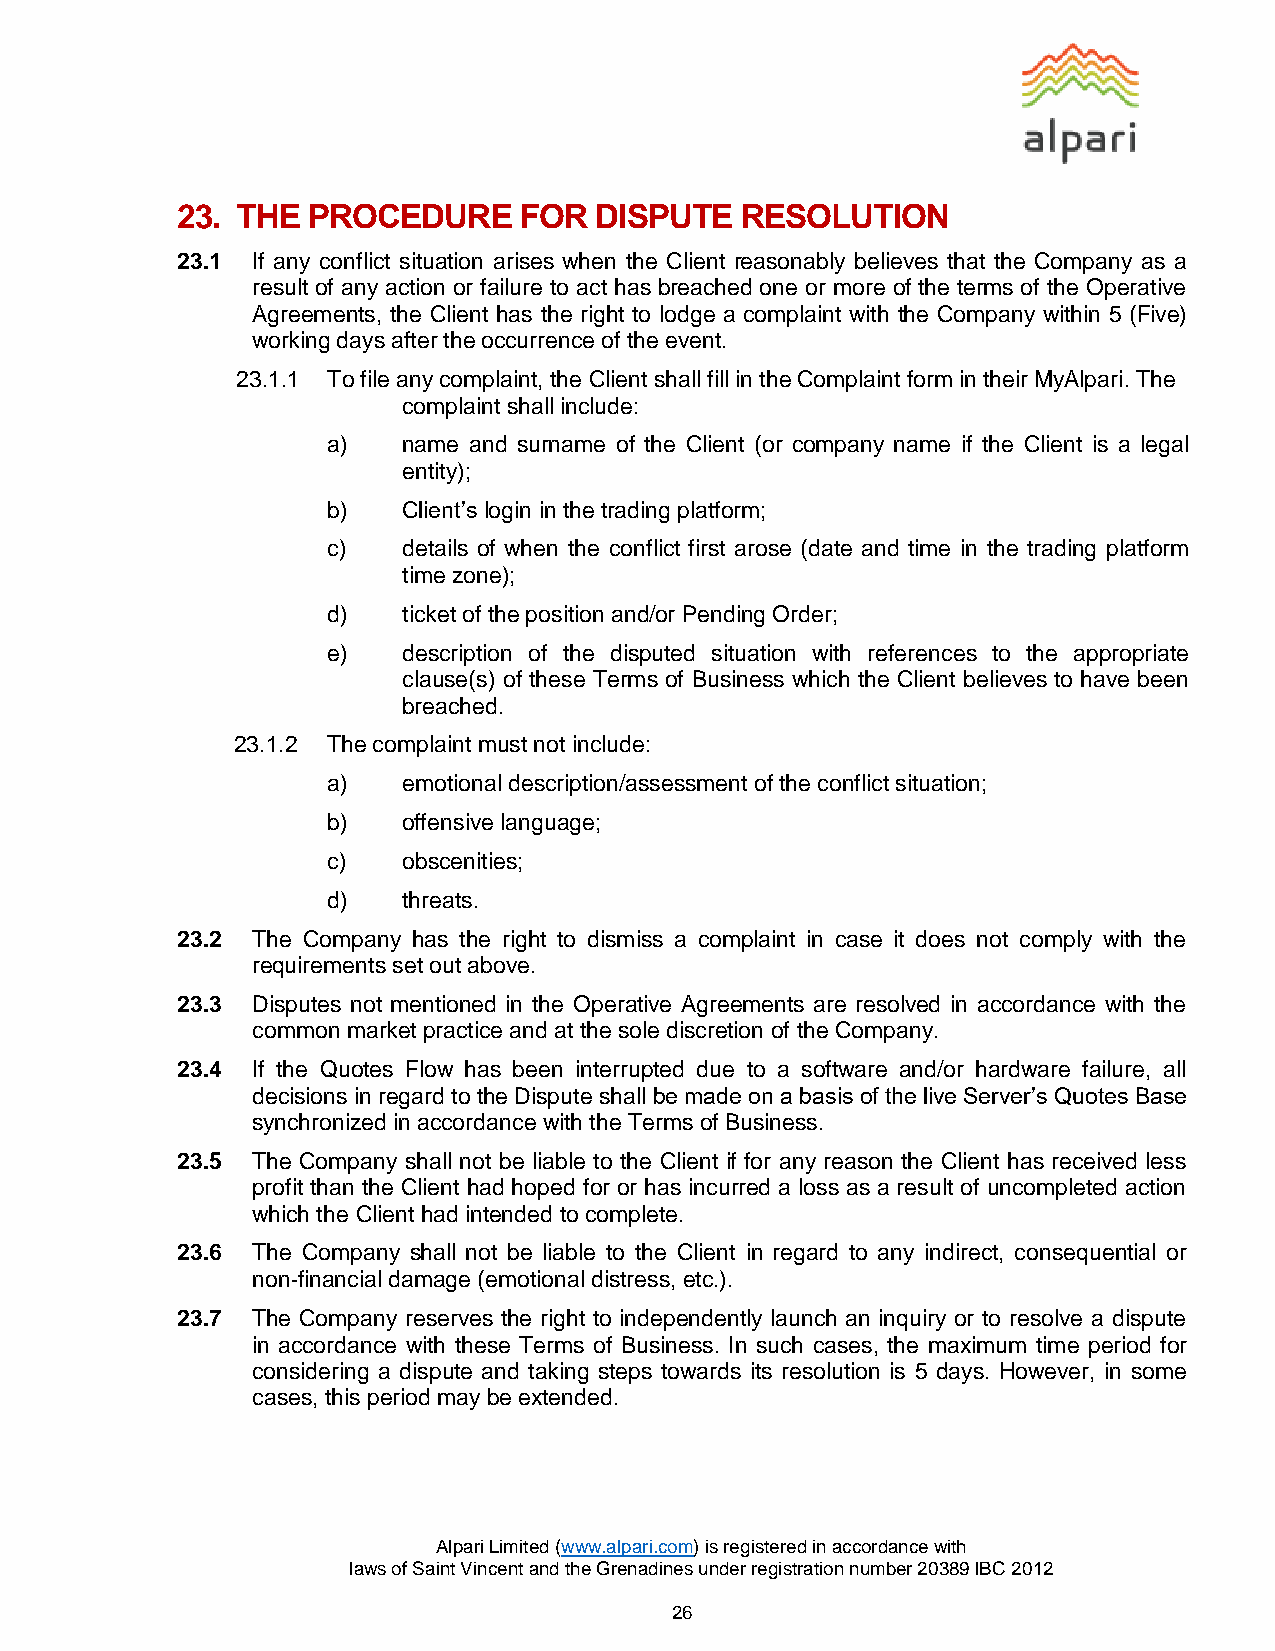
23. THE PROCEDURE     FOR  DISPUTE   RESOLUTION
 23.1 If any conflict situation arises when the Client reasonably believes that the Company as a
 result of any action or failure to act has breached one or more of the terms of the Operative
 Agreements, the Client has the right to lodge a complaint with the Company within 5 (Five)
 working days after the occurrence of the event.
 23.1.1 To file any complaint, the Client shall fill in the Complaint form in their MyAlpari. The
 complaint shall include:
 a)   name and surname of the Client (or company name if the Client is a legal
 entity);
 b)   Client’s login in the trading platform;
 c)   details of when the conflict first arose (date and time in the trading platform
 time zone);
 d)   ticket of the position and/or Pending Order;
 e)   description of the disputed situation with references to the appropriate
 clause(s) of these Terms of Business which the Client believes to have been
 breached.
 23.1.2 The complaint must not include:
 a)   emotional description/assessment of the conflict situation;
 b)   offensive language;
 c)   obscenities;
 d)   threats.
 23.2 The Company has the right to dismiss a complaint in case it does not comply with the
 requirements set out above.
 23.3 Disputes not mentioned in the Operative Agreements are resolved in accordance with the
 common market practice and at the sole discretion of the Company.
 23.4 If the Quotes Flow has been interrupted due to a software and/or hardware failure, all
 decisions in regard to the Dispute shall be made on a basis of the live Server’s Quotes Base
 synchronized in accordance with the Terms of Business.
 23.5 The Company shall not be liable to the Client if for any reason the Client has received less
 profit than the Client had hoped for or has incurred a loss as a result of uncompleted action
 which the Client had intended to complete.
 23.6 The Company shall not be liable to the Client in regard to any indirect, consequential or
 non‐financial damage (emotional distress, etc.).
 23.7 The Company reserves the right to independently launch an inquiry or to resolve a dispute
 in accordance with these Terms of Business. In such cases, the maximum time period for
 considering a dispute and taking steps towards its resolution is 5 days. However, in some
 cases, this period may be extended.
 Alpari Limited (www.alpari.com) is registered in accordance with
 laws of Saint Vincent and the Grenadines under registration number 20389 IBC 2012
 26